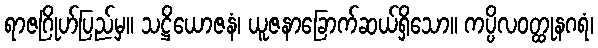
ရာဇဂြိုဟ်ပြည်မှ။ သဋ္ဌိယောဇနံ၊ ယူဇနာခြောက်ဆယ်ရှိသော။ ကပ္ပိလဝတ္ထုနဂရံ၊